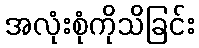
အလုံးစုံကိုသိခြင်း